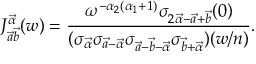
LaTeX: J _ { \vec { a } \vec { b } } ^ { \vec { \alpha } } ( w ) = \frac { \omega ^ { - \alpha _ { 2 } ( \alpha _ { 1 } + 1 ) } \sigma _ { 2 \vec { \alpha } - \vec { a } + \vec { b } } ( 0 ) } { ( \sigma _ { \vec { \alpha } } \sigma _ { \vec { a } - \vec { \alpha } } \sigma _ { \vec { a } - \vec { b } - \vec { \alpha } } \sigma _ { \vec { b } + \vec { \alpha } } ) ( w / n ) } .